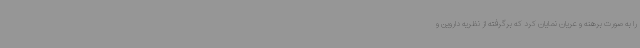
را به صورت برهنه و عریان نمایان کرد که برگرفته از نظریه داروین و